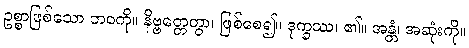
ဥစ္စာဖြစ်သော ဘဝကို။ နိဗ္ဗတ္တေတွာ၊ ဖြစ်စေ၍။ ဒုက္ခဿ၊ ၏။ အန္တံ၊ အဆုံးကို။